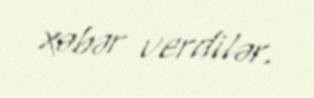
xəbər verdilər.